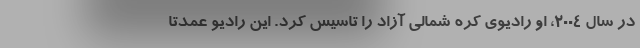
در سال 2004، او رادیوی کره شمالی آزاد را تاسیس کرد. این رادیو عمدتا